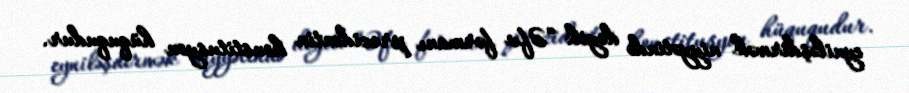
eyniləşdirmək niyyətində deyil: “Əfv fərmanı prezidentin konstitusyon hüququdur.